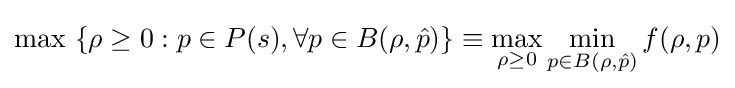
\max \ \{\rho \geq 0:p\in P(s),\forall p\in B(\rho ,{\hat {p}})\}\equiv \max _{\rho \geq 0}\min _{p\in B(\rho ,{\hat {p}})}f(\rho ,p)